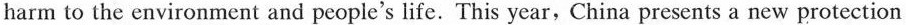
harm to the environment and people's life. This year,China presents a new protection